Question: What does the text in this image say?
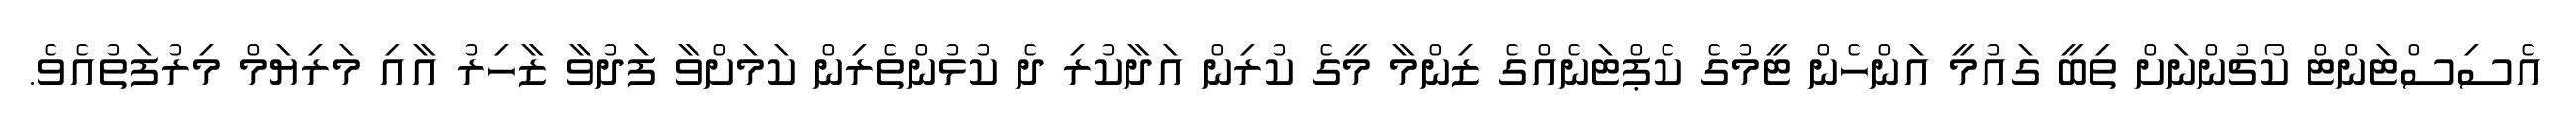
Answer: އެސިސްޓަންޓް ކޯޗުންނަށް ތިބީ ގައުމީ އަންހެން ޓީމުގެ ކެޕްޓަނެއްގެ ޒިންމާ މީގެ ކުރިން އަދާކުރި ދެ ކުޅުންތެރިން ކަމަށްވާ ފަދުވާ ޒާހިރު އާއި މަރިޔަމް މިރުފަތުއެވެ.